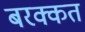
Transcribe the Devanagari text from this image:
बरक्कत